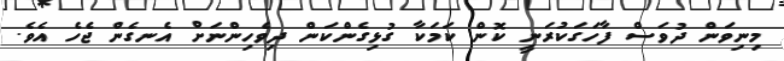
މިނިވަން ދުވަސް ފާހަގަކުރަނީ ކޮން ކަމަކާ ގުޅިގެންކަން ދިވެހިންނަށް އެނގެން ޖެހެ އެވެ.